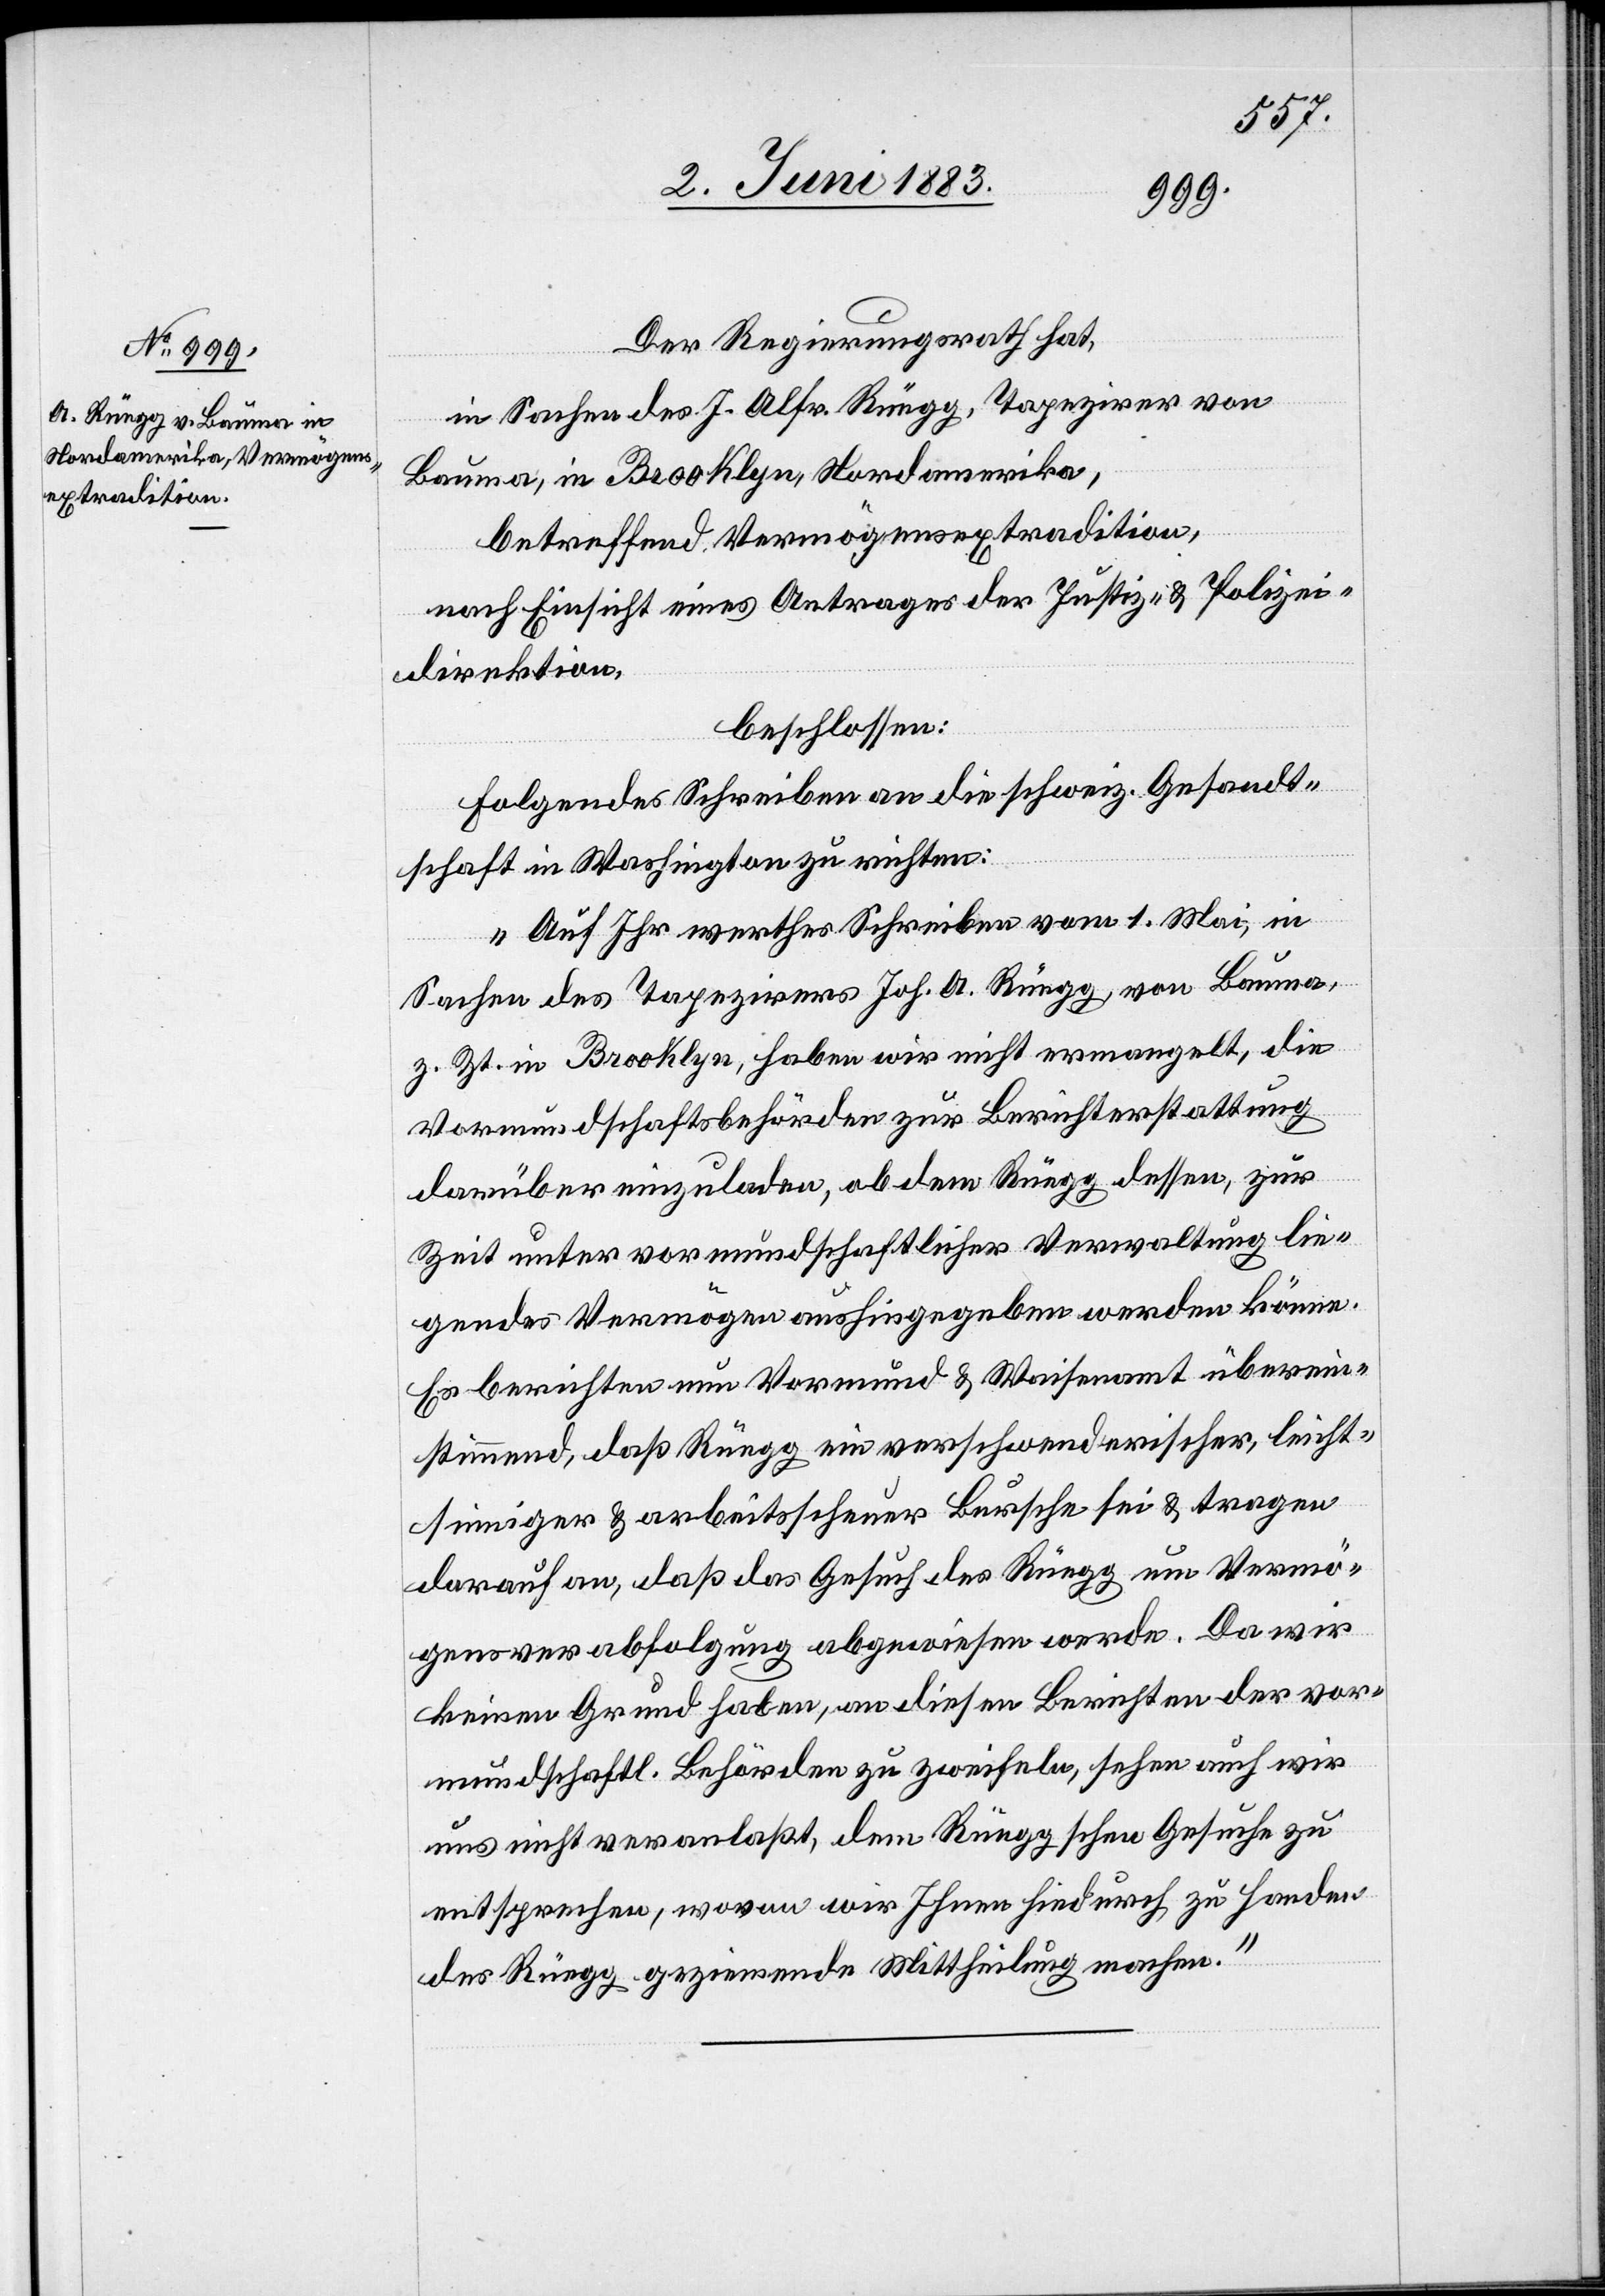
Der Regierungsrath hat,
in Sachen des J. Alfr. Rüegg, Tapezirer von
Bauma, in Brooklyn, Nordamerika,
betreffend Vermögensextradition,
nach Einsicht eines Antrages der Justiz- & Polizei¬
direktion,
beschlossen:
Folgendes Schreiben an die schweiz. Gesandt¬
schaft in Washington zu richten:
„Auf Ihr werthes Schreiben vom 1. Mai, in
Sachen des Tapezirers Joh. A. Rüegg, von Bauma,
z. Zt. in Brooklyn, haben wir nicht ermangelt, die
Vormundschaftsbehörden zur Berichterstattung
darüber einzuladen, ob dem Rüegg dessen, zur
Zeit unter vormundschaftlicher Verwaltung lie¬
gendes Vermögen aushingegeben werden könne.
Es berichten nun Vormund & Waisenamt überein¬
stimmend, daß Rüegg ein verschwenderischer, leicht¬
sinniger & arbeitsscheuer Bursche sei & tragen
darauf an, daß das Gesuch des Rüegg um Vermö¬
gensverabfolgung abgewiesen werde. Da wir
keinen Grund haben, an diesen Berichten der vor¬
mundschaftl. Behörden zu zweifeln, sehen auch wir
uns nicht veranlaßt, dem Rüeggschen Gesuche zu
entsprechen, wovon wir Ihnen hiedurch zu Handen
des Rüegg geziemende Mittheilung machen.“